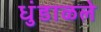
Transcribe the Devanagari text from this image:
धुंडाळले